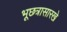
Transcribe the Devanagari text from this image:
भूछत्रासारखे